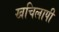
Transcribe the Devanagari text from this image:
खचिलापी